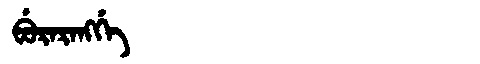
Manchu: ᠪᡠᡵᠠᡵᠠᠩᡤᡝ
Romanization: BURARANGGE